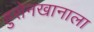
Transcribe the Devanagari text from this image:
हुसेनखानाला